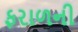
ફરાળની